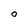
Character: O